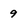
Character: 9